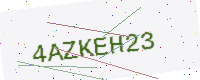
Text: 4AZKEH23